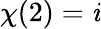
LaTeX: \chi(2)=\mathit{i}